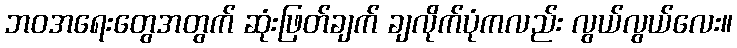
ဘဝအရေးတွေအတွက် ဆုံးဖြတ်ချက် ချလိုက်ပုံကလည်း လွယ်လွယ်လေး။